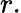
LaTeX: r.